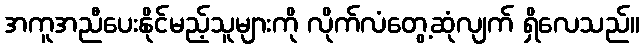
အကူအညီပေးနိုင်မည့်သူများကို လိုက်လံတွေ့ဆုံလျက် ရှိလေသည်။